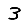
Digit: 3